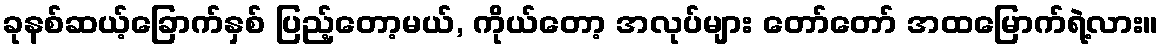
ခုနစ်ဆယ့်ခြောက်နှစ် ပြည့်တော့မယ်, ကိုယ်တော့ အလုပ်များ တော်တော် အထမြောက်ရဲ့လား။